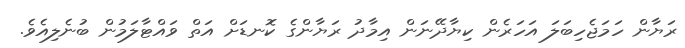
ރަޔާން ހަމަޖެހިބަލަ އަހަރެން ކިޔާދޭނަން އިމާދު ރަޔާންގެ ކޮނޑަށް އަތް ވައްޓާލަމުން ބުނެލިއެވެ.